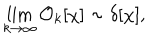
\lim _ { k \to \infty } { \mathcal O } _ { k } [ \chi ] \sim \delta [ \chi ] ,